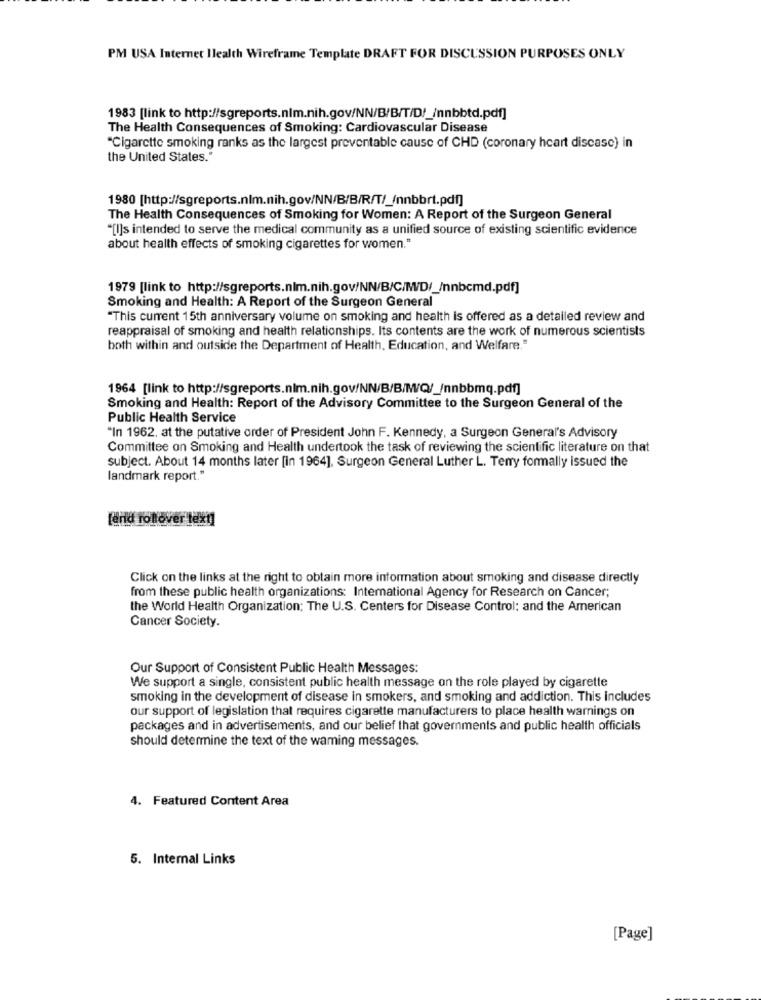
PM USA Internet Ilealth Wireframe Template DRAFT FOR DISCUSSION PURPOSES ONLY
1983 [link to http://sgreports.nlm.nih.gov/NN/B/B/T/D/_/nnbbtd.pdf]
The Health Consequences of Smoking: Cardiovascular Disease
"Cigarette smoking ranks as the largest preventable cause of CHD (coronary heart disease) in
the United States."
1980 [http://sgreports.nlm.nih.gov/NN/B/B/R/T/_(nnbbrt.pdf]
The Health Consequences of Smoking for Women: A Report of the Surgeon General
"[I]s intended to serve the medical community as a unified source of existing scientific evidence
about health effects of smoking cigarettes for women."
1979 [link to http://sgreports.nlm.nih.gov/NN/B/C/WW/D/_/nnbcmd.pdf]
Smoking and Health: A Report of the Surgeon General
"This current 15th anniversary volume on smoking and health is offered as a detailed review and
reappraisal of smoking and health relationships. Its contents are the work of numerous scientists
both within and outside the Department of Health, Education, and Welfare."
1964 [link to http://sgreports.nlm.nih.gov/NN/B/B/WW/Q/_/nnbbmq.pdf]
Smoking and Health: Report of the Advisory Committee to the Surgeon General of the
Public Health Service
"In 1962. at the putative order of President John F. Kennedy, a Surgeon General's Advisory
Committee on Smoking and Health undertook the task of reviewing the scientific literature on that
subject. About 14 months later [in 1964], Surgeon General Luther L. Terry formally issued the
landmark report."
ferid rollover tek !!
Click on the links at the right to obtain more information about smoking and disease directly
from these public health organizations: International Agency for Research on Cancer;
the World Health Organization: The U.S. Centers for Disease Control: and the American
Cancer Society.
Our Support of Consistent Public Health Messages:
We support a single, consistent public health message on the role played by cigarette
smoking in the development of disease in smokers, and smoking and addiction. This includes
our support of legislation that requires cigarette manufacturers to place health warnings on
packages and in advertisements, and our belief that governments and public health officials
should determine the text of the waming messages.
4. Featured Content Area
5. Internal Links
[Page]